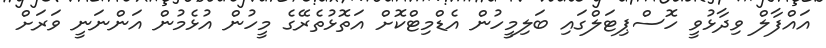
އައްފާލް ވިދާޅުވީ ހޮސްޕިޓަލްގައި ބަލިމީހުން އެޑްމިޓްކޮށް އަތޮޅުތެރޭގެ މީހުން އުޅެމުން އަންނަނީ ވަރަށް